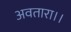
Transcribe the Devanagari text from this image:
अवतारा।।